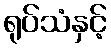
ရုပ်သံနှင့်